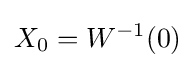
X_{0}=W^{-1}(0)